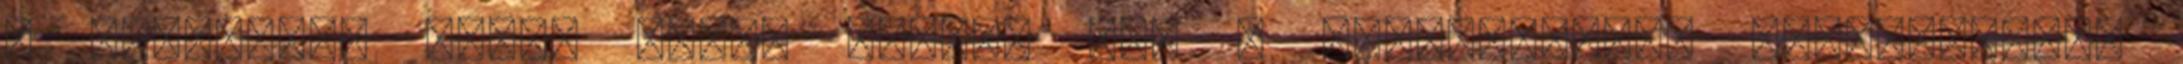
a litera.hu "Ajtó ablak nyitva van - szövegkereső társasjáték"